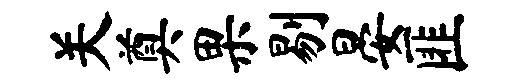
关奠果剔晏匪